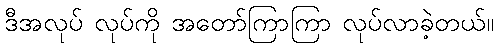
ဒီအလုပ် လုပ်ကို အတော်ကြာကြာ လုပ်လာခဲ့တယ်။